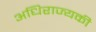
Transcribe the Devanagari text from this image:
अधिराज्यकी